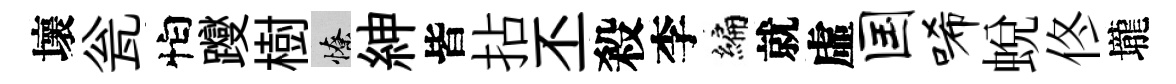
壞瓮怕躞樹憭紳皆拈丕殺李編就虛国唏蜕佟壠